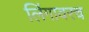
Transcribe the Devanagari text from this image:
लिंगावरच